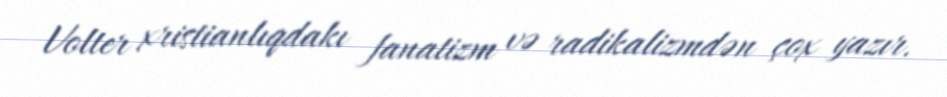
Volter xristianlıqdakı fanatizm və radikalizmdən çox yazır.